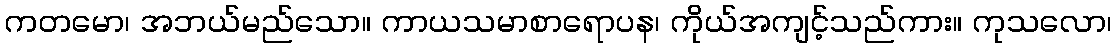
ကတမော၊ အဘယ်မည်သော။ ကာယသမာစာရောပန၊ ကိုယ်အကျင့်သည်ကား။ ကုသလော၊